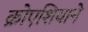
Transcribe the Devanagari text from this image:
क्रोएशियाने